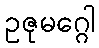
ဥဇုမဂ္ဂေါ